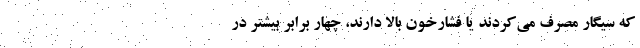
که سیگار مصرف می‌کردند یا فشارخون بالا دارند، چهار برابر بیشتر در